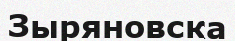
Зыряновска